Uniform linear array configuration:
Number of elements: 16
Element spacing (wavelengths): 0.5
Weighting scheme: exponential
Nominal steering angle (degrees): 45
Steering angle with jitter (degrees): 46.439
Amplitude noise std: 0.05
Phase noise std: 0.05

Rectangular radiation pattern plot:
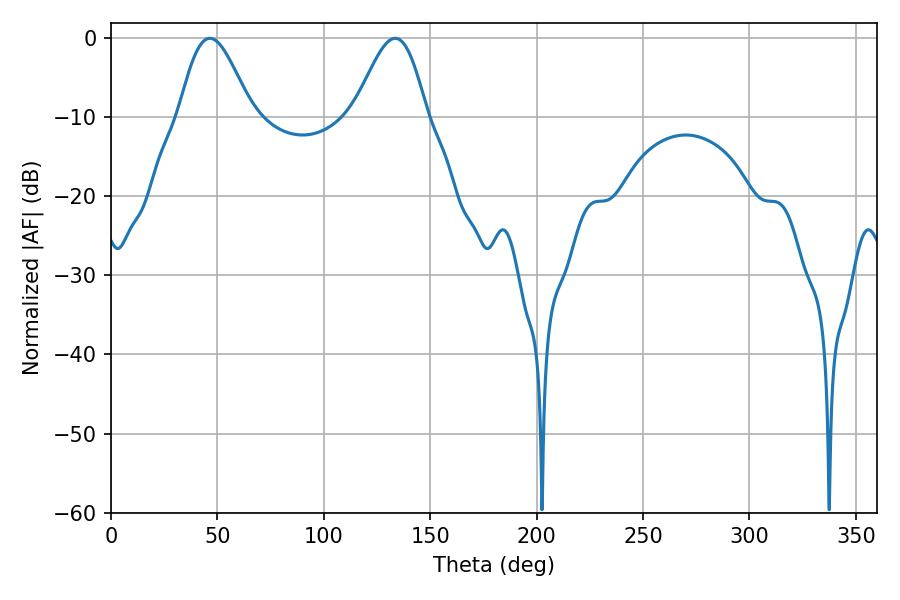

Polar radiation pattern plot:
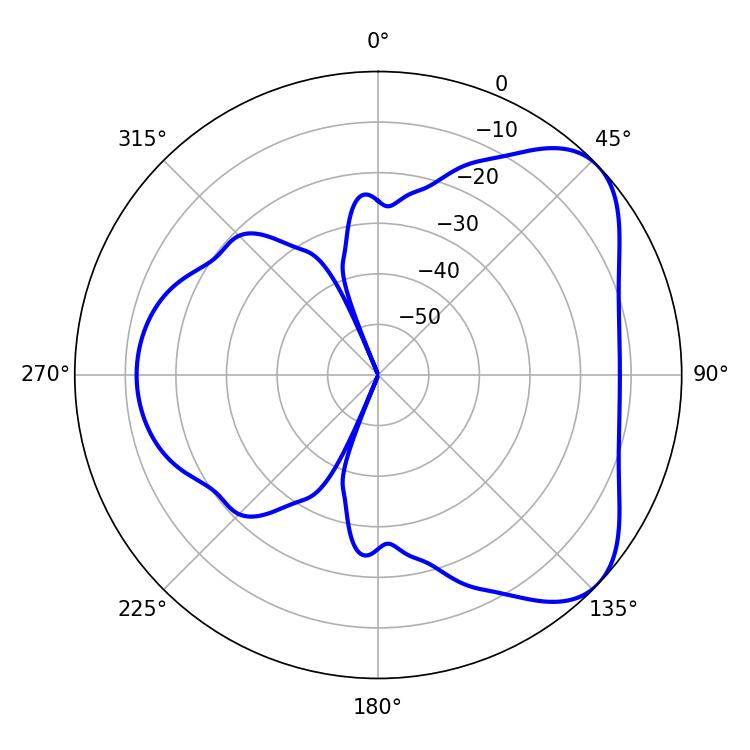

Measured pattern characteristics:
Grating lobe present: FALSE
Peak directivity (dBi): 5.755
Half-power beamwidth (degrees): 18.18
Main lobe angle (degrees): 46.44